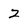
Character: 2